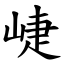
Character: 崨